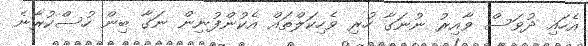
އެހައި ދުވަސް ވާއިރު ނުނަގާ ހުރި ވެހިކަލްތައް އެކުންފުނިން ނަގާ ބިން ހުސްކުރާނެ